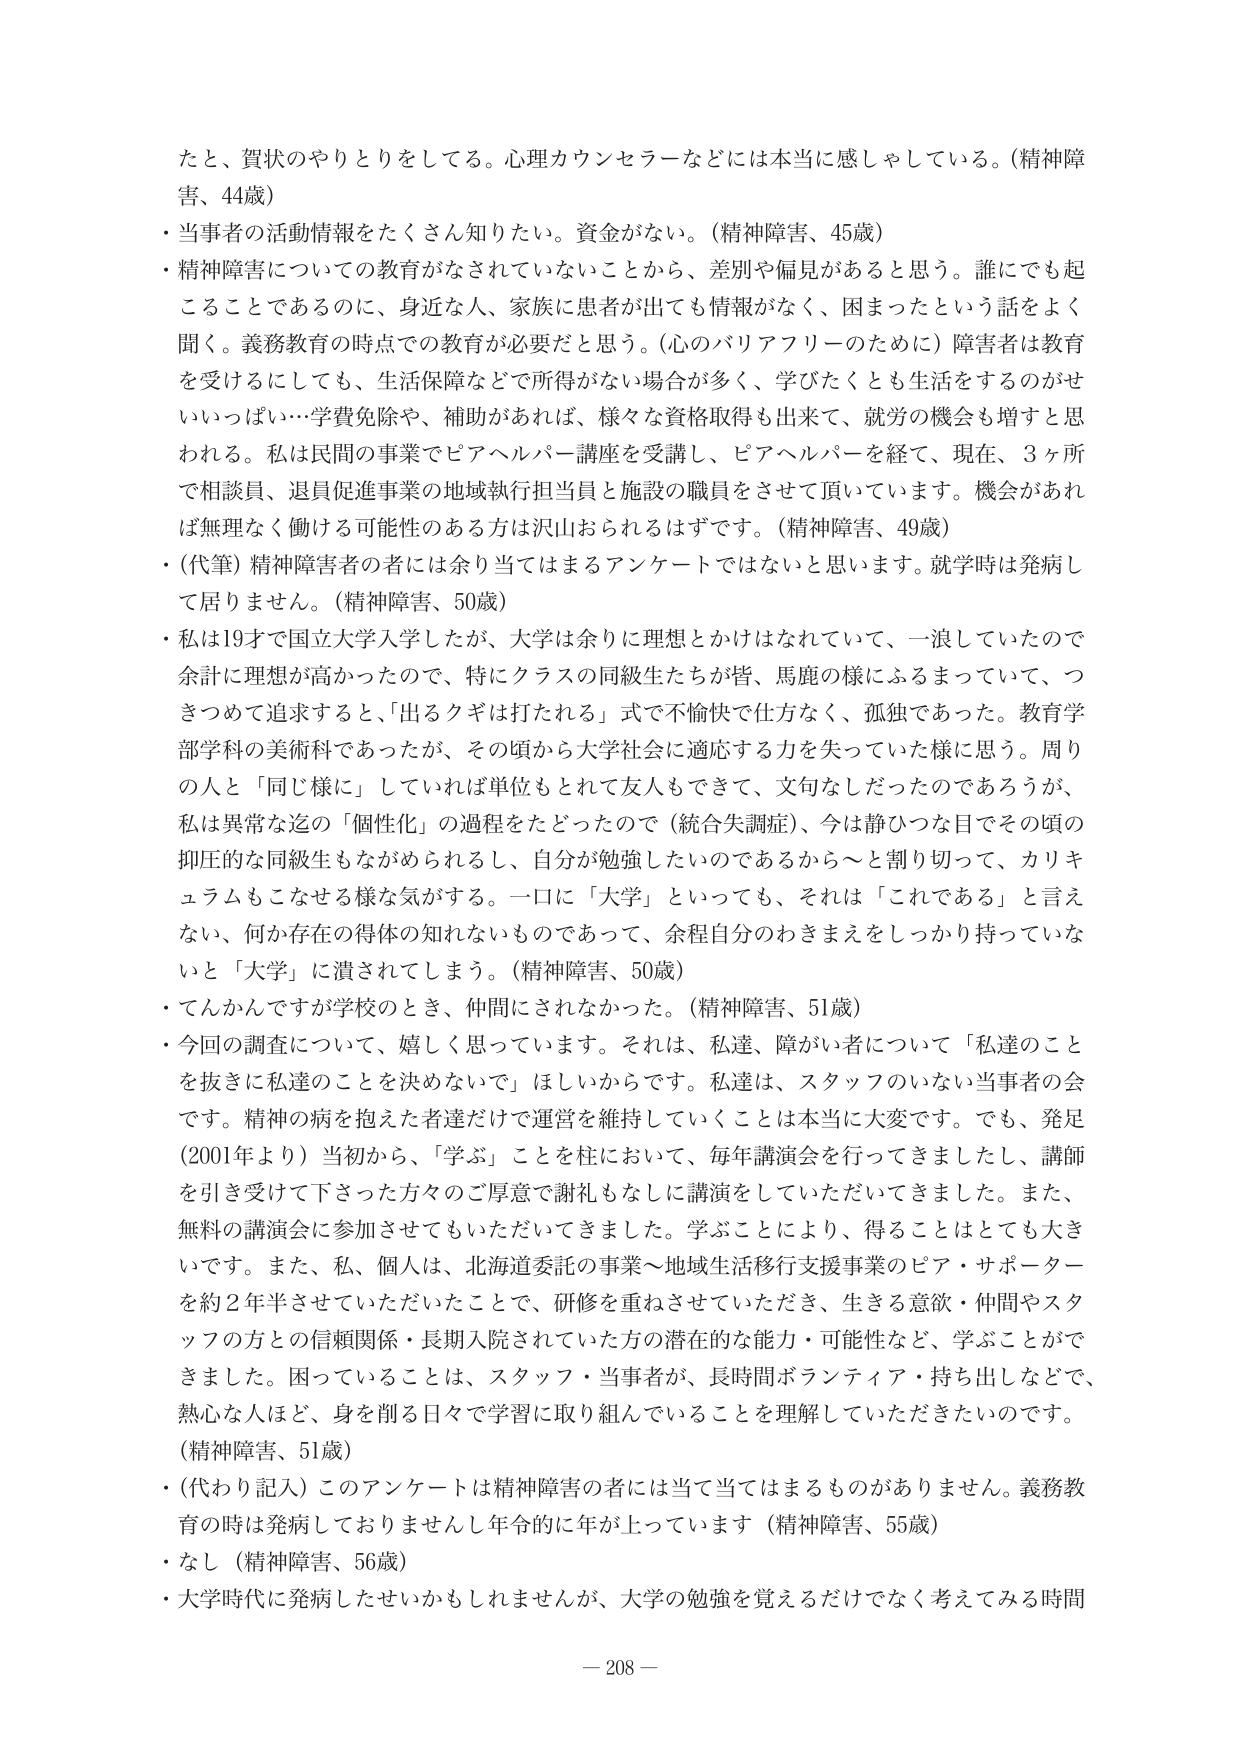
たと、賀状のやりとりをしてる。心理カウンセラーなどには本当に感しゃしている。（精神障害、44歳）
・当事者の活動情報をたくさん知りたい。資金がない。（精神障害、45歳）
・精神障害についての教育がなされていないことから、差別や偏見があると思う。誰にでも起こることであるのに、身近な人、家族に患者が出ても情報がなく、困まったという話をよく聞く。義務教育の時点での教育が必要だと思う。（心のバリアフリーのために）障害者は教育を受けるにしても、生活保障などで所得がない場合が多く、学びたくとも生活をするのがせいいっぱい…学費免除や、補助があれば、様々な資格取得も出来て、就労の機会も増すと思われる。私は民間の事業でピアヘルパー講座を受講し、ピアヘルパーを経て、現在、3ヶ所で相談員、退員促進事業の地域執行担当員と施設の職員をさせて頂いています。機会があれば無理なく働ける可能性のある方は沢山おられるはずです。（精神障害、49歳）
・（代筆）精神障害者の者には余り当てはまるアンケートではないと思います。就学時は発病して居りません。（精神障害、50歳）
・私は19才で国立大学入学したが、大学は余りに理想とかけはなれていて、一浪していたので余計に理想が高かったので、特にクラスの同級生たちが皆、馬鹿の様にふるまっていて、つぎつめて追求すると、「出るクギは打たれる」式で不愉快で仕方なく、孤独であった。教育学部学科の美術科であったが、その頃から大学社会に適応する力を失っていた様に思う。周りの人と「同じ様に」していれば単位もとれて友人もできて、文句なしだったのであろうが、私は異常な迄の「個性化」の過程をたどったので（統合失調症）、今は静ひつな目でその頃の抑圧的な同級生もながめられるし、自分が勉強したいのであるから～と割り切って、カリキュラムもこなせる様な気がする。一口に「大学」といっても、それは「これである」と言えない、何か存在の得体の知れないものであって、余程自分のわきまえをしっかり持っていなないと「大学」に潰されてしまう。（精神障害、50歳）
・てんかんですぐ学校のとき、仲間にされなかった。（精神障害、51歳）
・今回の調査について、嬉しく思っています。それは、私達、障がい者について「私達のことを抜きに私達のことを決めないで」ほしいからです。私達は、スタッフのいない当事者の会です。精神の病を抱えた者達だけで運営を維持していくことは本当に大変です。でも、発足（2001年より）当初から、「学ぶ」ことを柱において、毎年講演会を行ってきましたし、講師を引き受けて下さった方々のご厚意で謝礼もなしに講演をしていただいてきました。また、無料の講演会に参加させてもいただいてきました。学ぶことにより、得ることはとても大きいです。また、私、個人は、北海道委託の事業～地域生活移行支援事業のピア・サポーターを約2年半させていただいたことで、研修を重ねさせていただき、生きる意欲・仲間やスタッフの方との信頼関係・長期入院されていた方の潜在的な能力・可能性など、学ぶことができました。困っていることは、スタッフ・当事者が、長時間ボランティア・持ち出しなどで、熱心な人はど、身を削る日々で学習に取り組んでいることを理解していただきたいのです。（精神障害、51歳）
・（代わり記入）このアンケートは精神障害の者には当て当てはまるものがあります。義務教育の時は発病しておりませんし年令的に年が上がっています（精神障害、55歳）
・なし（精神障害、56歳）
・大学時代に発病したせいかもしれませんが、大学の勉強を覚えるだけでなく考えてみる時間
— 208 —